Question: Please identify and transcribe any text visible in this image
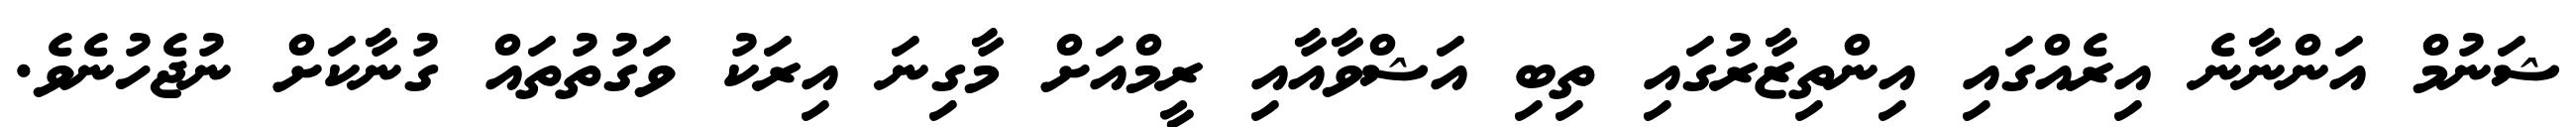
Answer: ޝަނުމް އަންނާނެ އިރެއްގައި އިންތިޒާރުގައި ތިބި އަޝްވާއާއި ރީމްއަށް މާގިނަ އިރަކު ވަގުތުތައް ގުނާކަށް ނުޖެހުނެވެ.